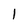
Character: I